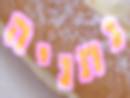
נתניה